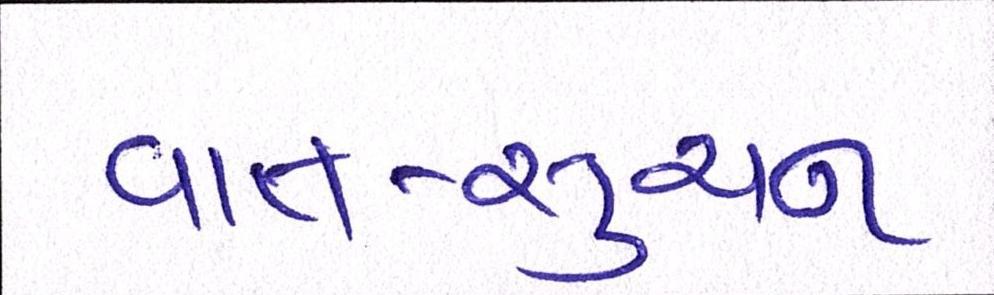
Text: વાત-સુચન